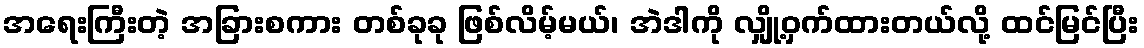
အရေးကြီးတဲ့ အခြားစကား တစ်ခုခု ဖြစ်လိမ့်မယ်၊ အဲဒါကို လျှို့ဝှက်ထားတယ်လို့ ထင်မြင်ပြီး